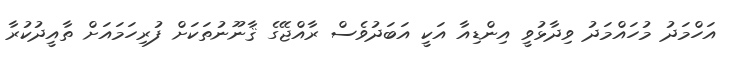
އަހްމަދު މުހައްމަދު ވިދާޅުވީ އިންޑިއާ އަކީ އަބަދުވެސް ރާއްޖޭގެ ޤާނޫނުތަކަށް ފުރިހަމައަށް ތާއީދުކުރާ